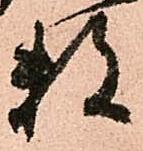
数